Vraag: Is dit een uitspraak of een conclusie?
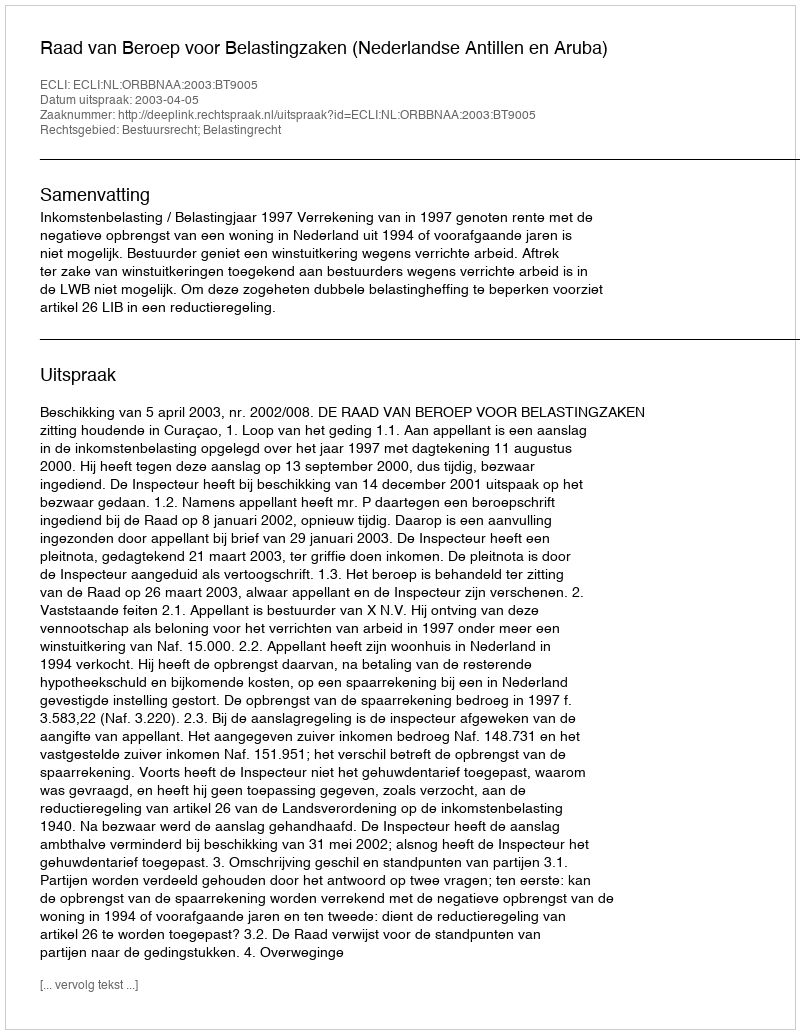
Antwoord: Uitspraak